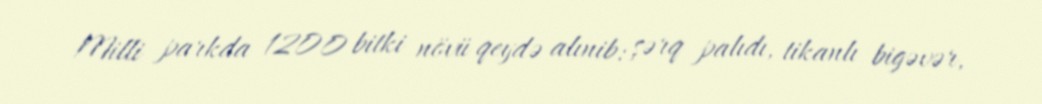
Milli parkda 1200 bitki növü qeydə alınib: şərq palıdı, tikanlı bigəvər,